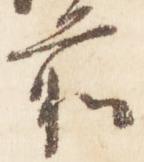
前